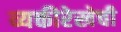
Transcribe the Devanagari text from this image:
व्यक्तीरेखेची